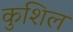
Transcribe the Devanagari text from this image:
कुशिल